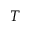
T